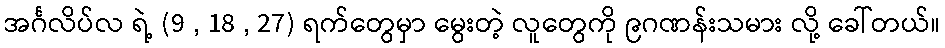
အင်္ဂလိပ်လ ရဲ့ (9 , 18 , 27) ရက်တွေမှာ မွေးတဲ့ လူတွေကို ၉ဂဏန်းသမား လို့ ခေါ်တယ်။